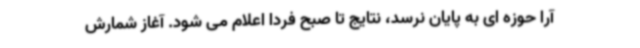
آرا حوزه ای به پایان نرسد، نتایج تا صبح فردا اعلام می شود. آغاز شمارش